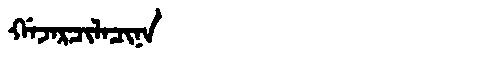
Manchu: ᡤᠠᠵᠠᡵᠴᡳᠯᠠᠴᡳᠨᠠ
Romanization: GAJARCILACINA